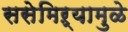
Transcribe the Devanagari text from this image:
ससेमिऱ्यामुळे